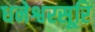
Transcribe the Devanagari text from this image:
धनेश्वरसूरि